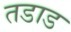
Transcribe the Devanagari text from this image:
तडाड